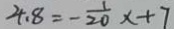
4 . 8 = - \frac { 1 } { 2 0 } x + 7